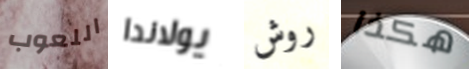
اللعوب يولاندا روش هكذا